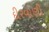
દીરવાણી